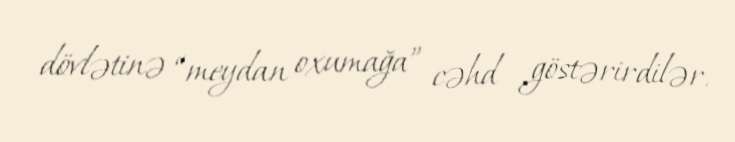
dövlətinə “meydan oxumağa” cəhd göstərirdilər.